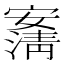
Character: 𰍠